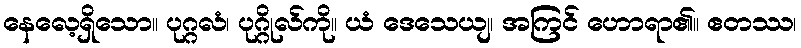
နေလေ့ရှိသော။ ပုဂ္ဂလံ၊ ပုဂ္ဂိုလ်ကို။ ယံ ဒေသေယျ၊ အကြင် ဟောရာ၏။ ဧတဿ၊